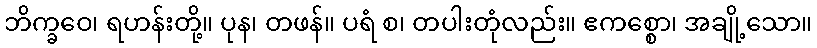
ဘိက္ခဝေ၊ ရဟန်းတို့။ ပုန၊ တဖန်။ ပရံ စ၊ တပါးတုံလည်း။ ဧကစ္စော၊ အချို့သော။